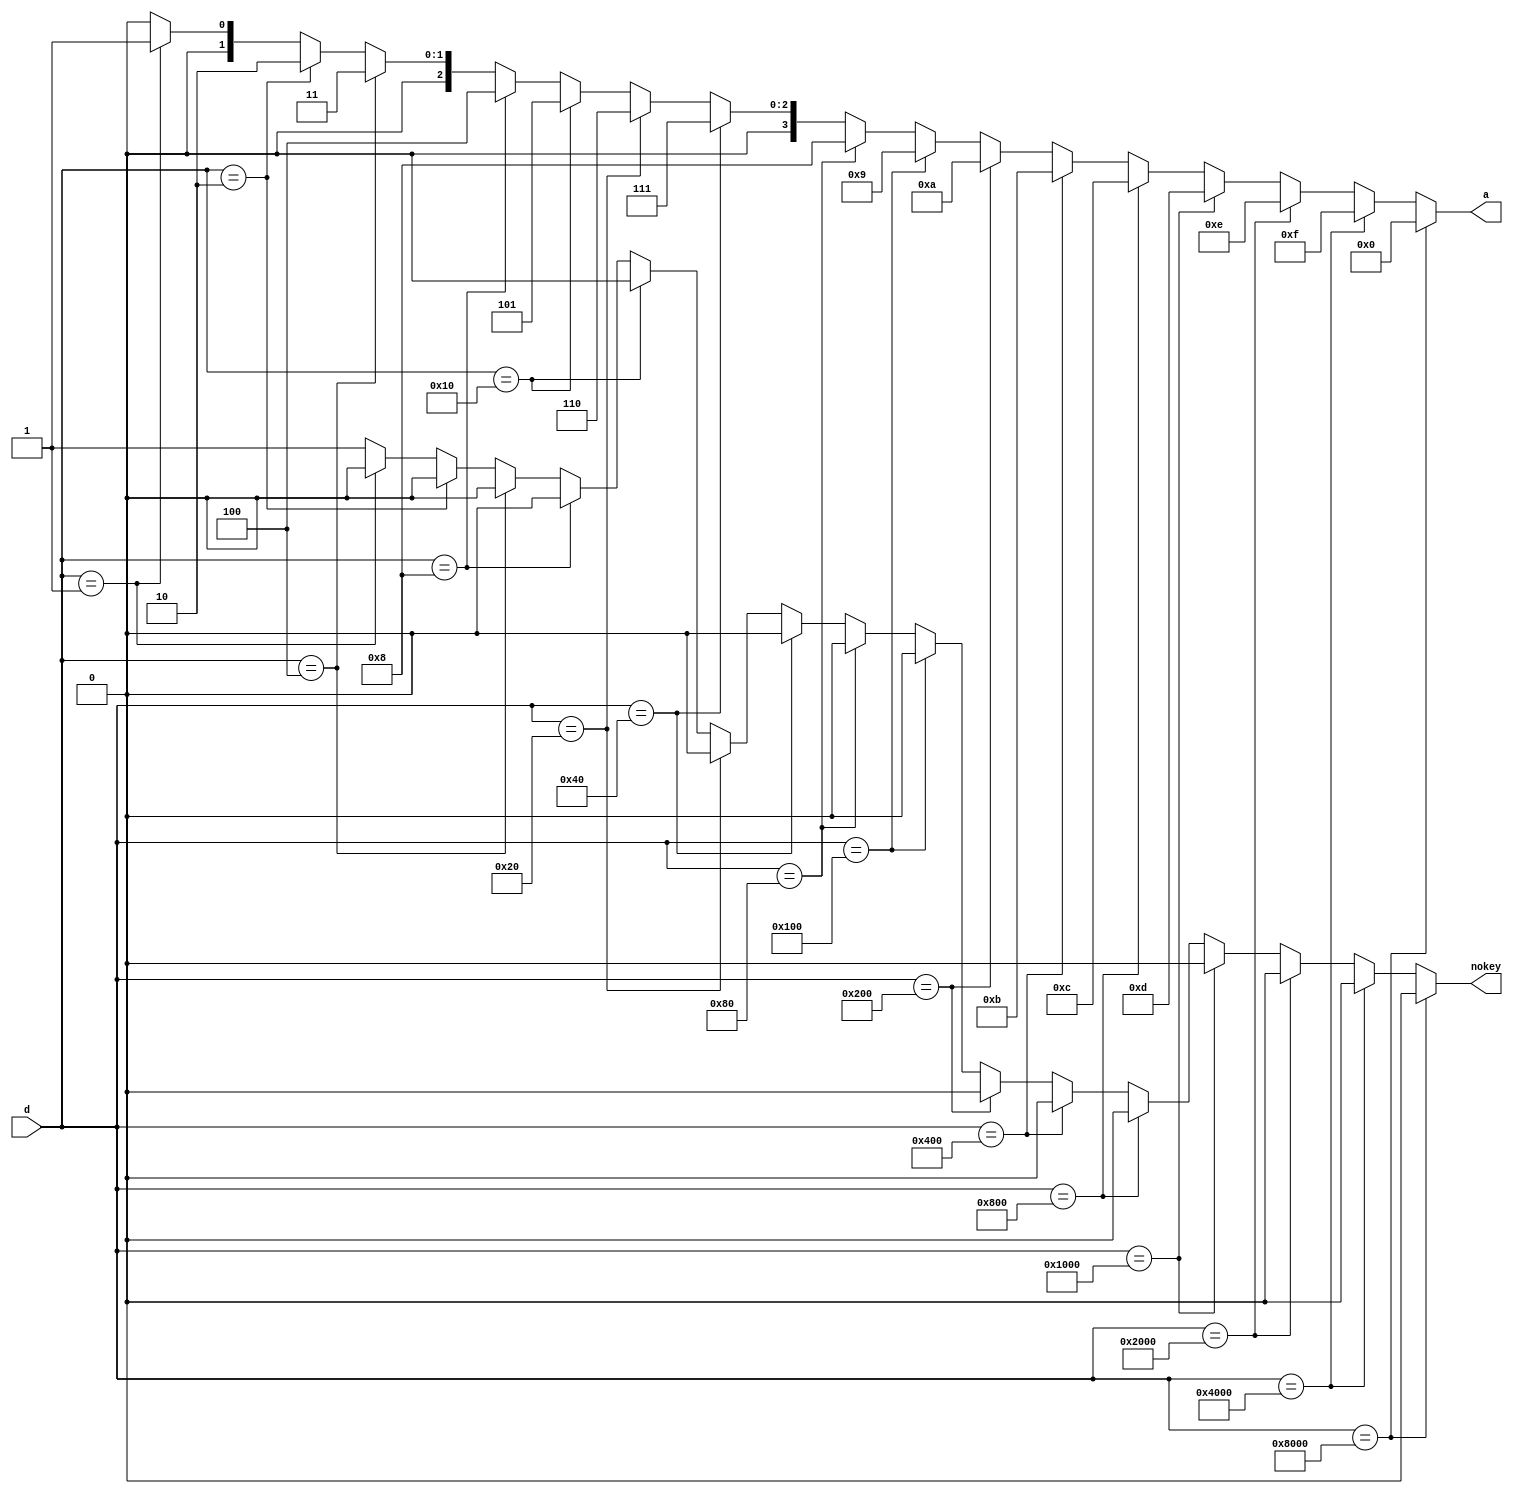
`timescale 1ns / 1ps
module Encoder_16(d, a, nokey);
	input[15:0] 		d ; 
	output[3:0] 	a ;
    output nokey;
     
	reg [3:0] 		a;
    reg nokey; // 1: no key pressed   0: key pressed 
	always @ (d)
	begin
      nokey = 1'b0;
			if (d == 16'h8000) begin
				a = 4'h0;
			end else if (d == 16'h4000) begin
				a = 4'hf; 
			end else if (d == 16'h2000) begin
				a = 4'he; 	
			end else if (d == 16'h1000) begin
				a = 4'hd; 
			end else if (d == 16'h0800) begin
				a = 4'hc; 	
			end else if (d == 16'h0400) begin
				a = 4'hb; 			
			end else if (d == 16'h0200) begin
				a = 4'ha; 				
			end else if (d == 16'h0100) begin
				a = 4'h9; 
			end else if (d == 16'h0080) begin
				a = 4'h8; 
			end else if (d == 16'h0040) begin
				a = 4'h7; 
			end else if (d == 16'h0020) begin
				a = 4'h6; 
			end else if (d == 16'h0010) begin
				a = 4'h5; 
			end else if (d == 16'h0008) begin
				a = 4'h4; 
			end else if (d == 16'h0004) begin
				a = 4'h3; 
			end else if (d == 16'h0002) begin
				a = 4'h2; 
			end else if (d == 16'h0001) begin
				a = 4'h1;
		   end else begin
		   		nokey = 1'b1;  // no key pressed 
				a = 4'h0;

			end				

	end
endmodule